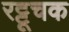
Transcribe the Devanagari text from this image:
रट्टूचक